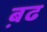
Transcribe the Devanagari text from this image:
ब़ढ